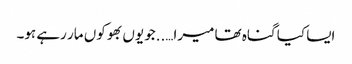
ایسا کیا گناہ تھا میرا…..جو یوں بھوکوں مار رہے ہو۔